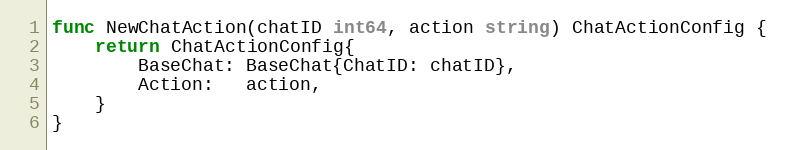
Language: Go
func NewChatAction(chatID int64, action string) ChatActionConfig {
	return ChatActionConfig{
		BaseChat: BaseChat{ChatID: chatID},
		Action:   action,
	}
}